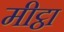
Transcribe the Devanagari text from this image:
मीट्ठा